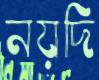
নয়দি